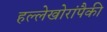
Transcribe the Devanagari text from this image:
हल्लेखोरांपैकी